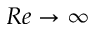
R e \rightarrow \infty